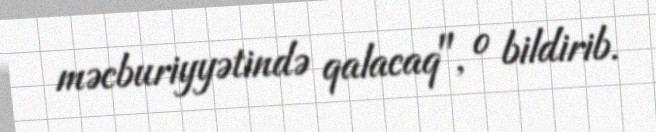
məcburiyyətində qalacaq", o bildirib.